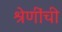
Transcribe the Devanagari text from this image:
श्रेणींची